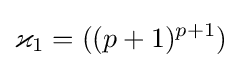
\varkappa _{1}=((p+1)^{p+1})